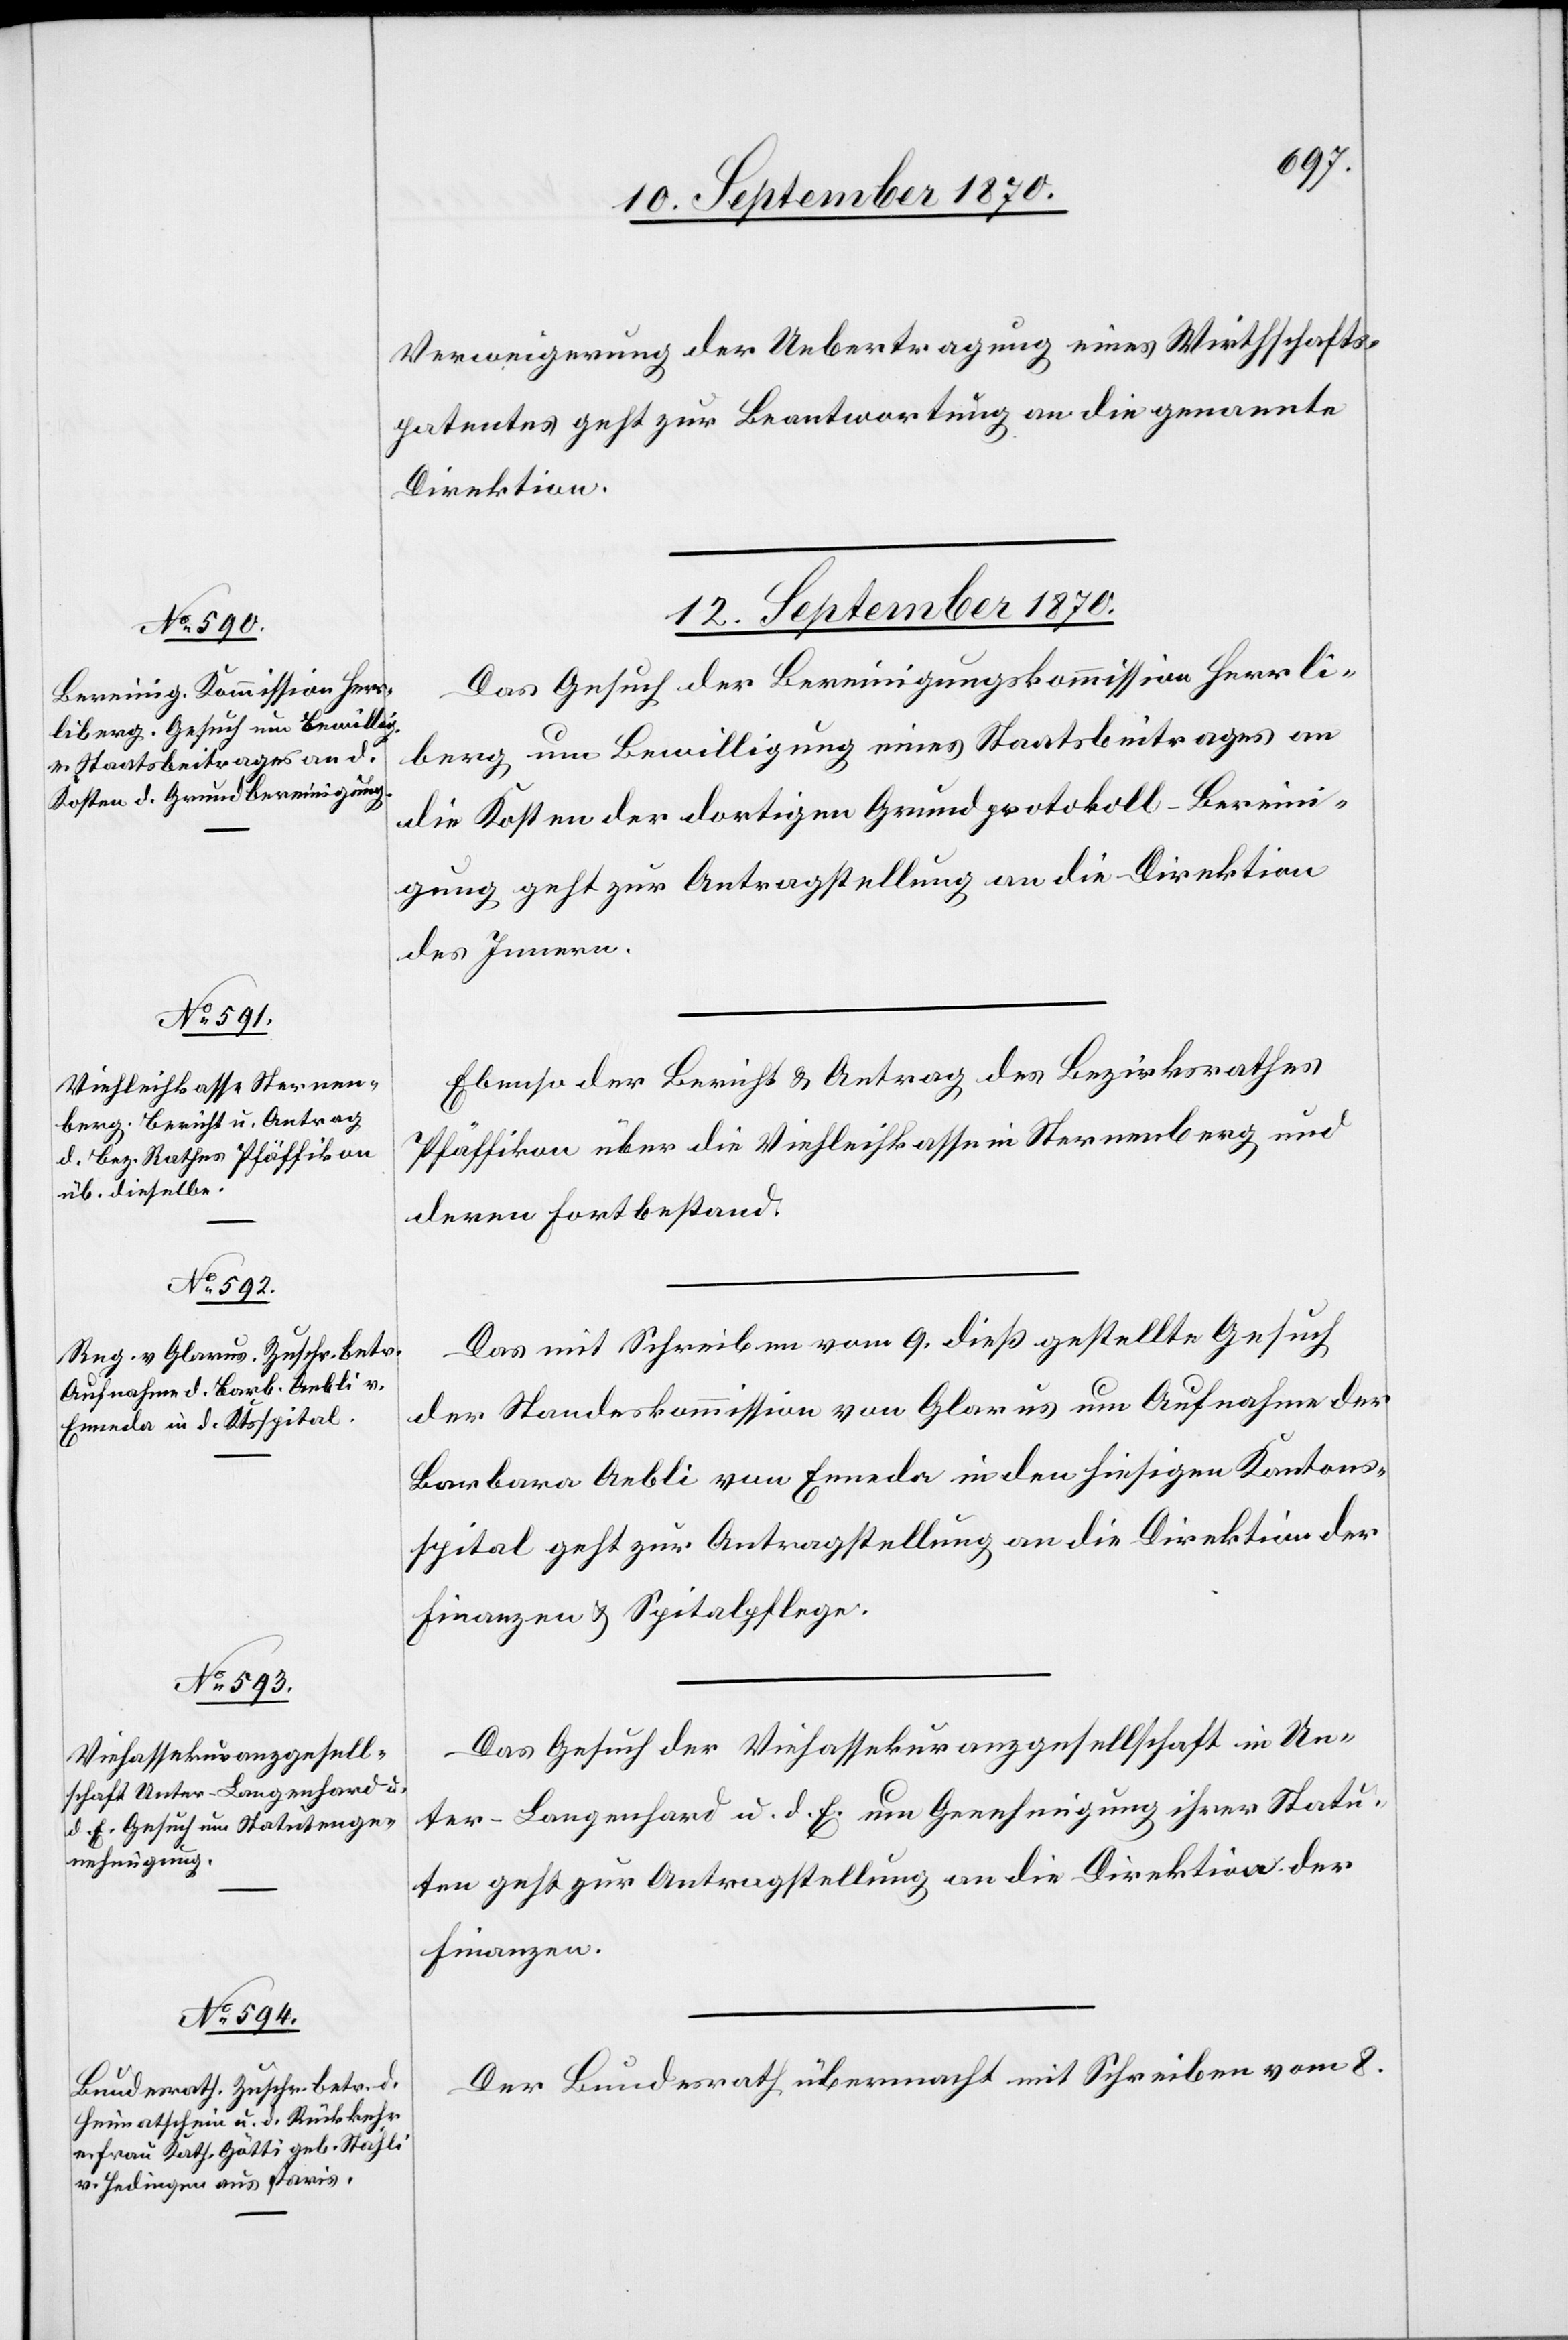
Verweigerung der Uebertragung eines Wirthschafts¬
patentes geht zur Beantwortung an die genannte
Direktion.
12. September 1870.]
Das Gesuch der Bereinigungskommission Herrli¬
berg um Bewilligung eines Staatsbeitrages an
die Kosten der dortigen Grundprotokoll-Bereini¬
gung geht zur Antragstellung an die Direktion
des Innern.
Ebenso der Bericht & Antrag des Bezirksrathes
Pfäffikon über die Viehleihkasse in Sternenberg und
deren Fortbestand.
Das mit Schreiben vom 9. dieß gestellte Gesuch
der Standeskommission von Glarus um Aufnahme der
Barbara Aebli von Enneda in den hiesigen Kantons¬
spital geht zur Antragstellung an die Direktion der
Finanzen & Spitalpflege.
Das Gesuch der Viehassekuranzgesellschaft in Un¬
ter-Langenhard u. d. E. um Genehmigung ihrer Statu¬
ten geht zur Antragstellung an die Direktion der
Finanzen.
Der Bundesrath übermacht mit Schreiben vom 8.